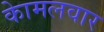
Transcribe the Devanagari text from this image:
काेमलवार